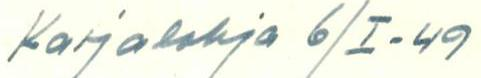
Karjalohja 6/I-49